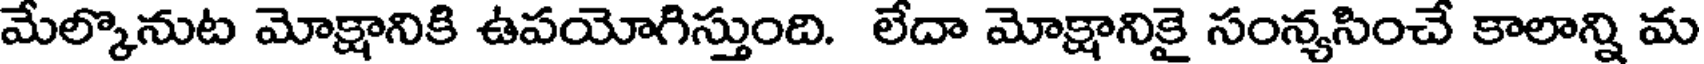
మేల్కొనుట మోక్షానికి ఉపయోగిస్తుంది. లేదా మోక్షానికై సంన్యసించే కాలాన్ని మ